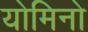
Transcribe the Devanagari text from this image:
योमिनो